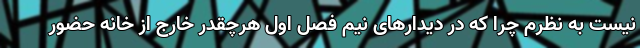
نیست به نظرم چرا که در دیدارهای نیم فصل اول هرچقدر خارج از خانه حضور